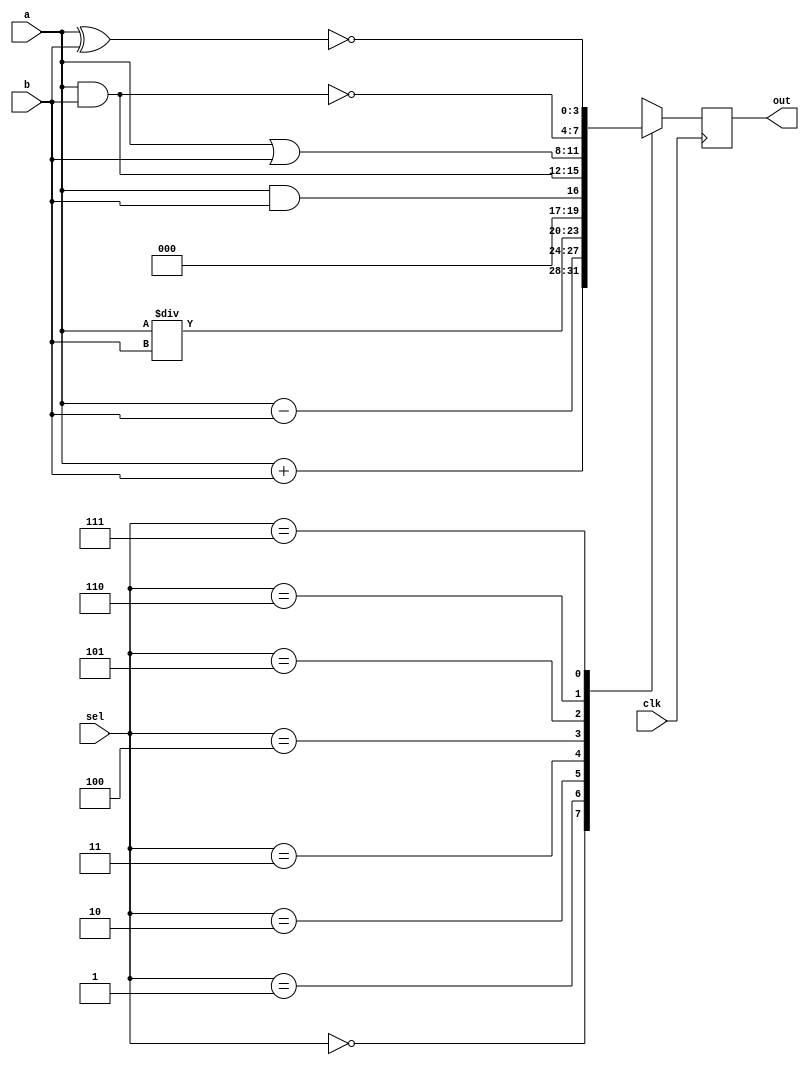
module ALU(input[3:0]a,b,input[2:0]sel,input clk,output reg[3:0]out);
  always@(posedge clk) begin
    case(sel)
      3'b000:out<=a+b;  //addition
      3'b001:out<=a-b; //subtraction
      3'b010:out<=a/b; //division
      3'b011:out<=a&&b; //logical and
      3'b100:out<=a&b; //bitwise and
      3'b101:out<=a|b; //bitwise or
      3'b110:out<=~(a&b); //bitwise nand
      3'b111:out<=~(a^b); //bitwise xnor
      default: out <= 4'bxxxx;
    endcase
  end
endmodule